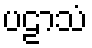
ပဠာသံ